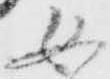
女